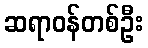
ဆရာဝန်တစ်ဦး